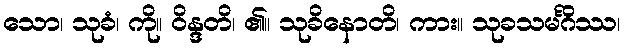
သော၊ သုခံ၊ ကို။ ဝိန္ဒတိ၊ ၏။ သုခိနောတိ၊ ကား။ သုခသမင်္ဂိဿ၊